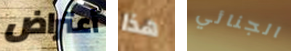
أعتراض هذا الجنائي